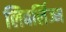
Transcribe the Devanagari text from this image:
लिबर्लिज्म